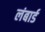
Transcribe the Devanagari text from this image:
लंबार्ड